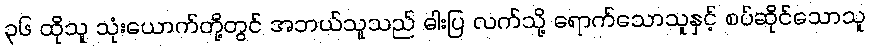
၃၆ ထိုသူ သုံးယောက်တို့တွင် အဘယ်သူသည် ဓါးပြ လက်သို့ ရောက်သောသူနှင့် စပ်ဆိုင်သောသူ